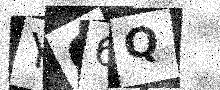
Text: YG6Q